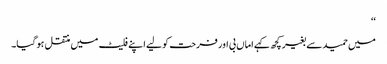
‘‘
میں حمید سے بغیر کچھ کہے اماں بی اور فرحت کو لیے اپنے فلیٹ میں منتقل ہو گیا۔